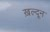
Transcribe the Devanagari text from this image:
ख़ल्दून